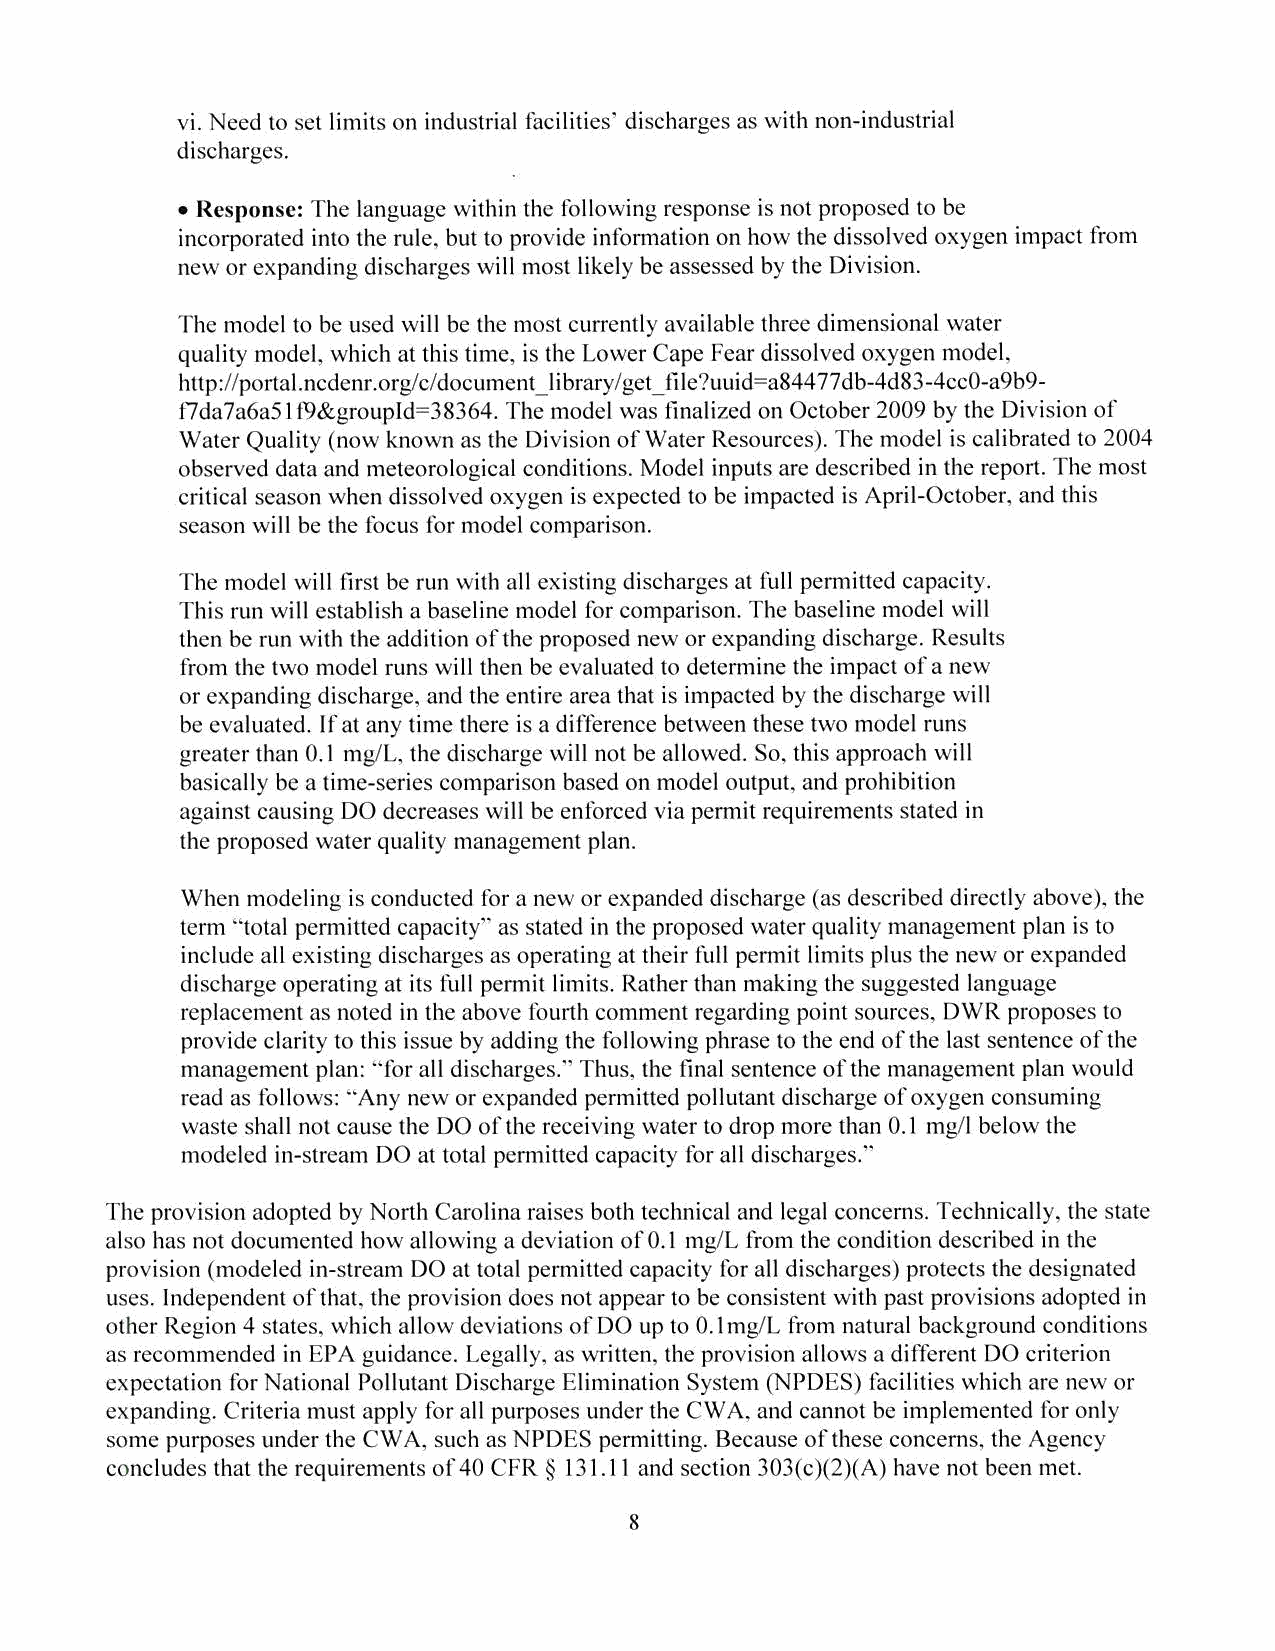
vi. Need to set limits on industrial facilities' discharges as with non-industrial
 discharges.
 • Response: The language within the following response is not proposed to be
 incorporated into the rule, but to provide information on how the dissolved oxygen impact from
 new or expanding discharges will most likely be assessed by the Division.
 The model to be used will be the most currently available three dimensional water
 quality model, which at this time, is the Lower Cape Fear dissolved oxygen model,
 http://portal.ncdenr.org/c/document_library/get_file?uuid=a84477db-4d83-4cc0-a9b9-
 t7da7a6a51 f9&groupld=38364. The model was finalized on October 2009 by the Division of
 Water Quality (now known as the Division of Water Resources). The model is calibrated to 2004
 observed data and meteorological conditions. Model inputs are described in the report. The most
 critical season when dissolved oxygen is expected to be impacted is April-October, and this
 season will be the focus for model comparison.
 The model will first be run with all existing discharges at full permitted capacity.
 This run will establish a baseline model for comparison. The baseline model will
 then be run with the addition of the proposed new or expanding discharge. Results
 from the two model runs will then be evaluated to detem1ine the impact of a new
 or expanding discharge, and the entire area that is impacted by the discharge will
 be evaluated. If at any time there is a difference between these two model runs
 greater than 0.1 mg/L, the discharge will not be allowed. So, this approach will
 basically be a time-series comparison based on model output, and prohibition
 against causing DO decreases will be enforced via pem1it requirements stated in
 the proposed water quality management plan.
 When modeling is conducted for a new or expanded discharge (as described directly above), the
 term "total permitted capacity" as stated in the proposed water quality management plan is to
 include all existing discharges as operating at their full pennit limits plus the new or expanded
 discharge operating at its full permit limits. Rather than making the suggested language
 replacement as noted in the above fourth comment regarding point sources, DWR proposes to
 provide clarity to this issue by adding the following phrase to the end of the last sentence of the
 management plan: "for all discharges." Thus, the final sentence of the management plan would
 read as follows: "Any new or expanded permitted pollutant discharge of oxygen consuming
 waste shall not cause the DO of the receiving water to drop more than 0.1 mg/I below the
 modeled in-stream DO at total permitted capacity for all discharges."
 The provision adopted by North Carolina raises both technical and legal concerns. Technically, the state
 also has not documented how allowing a deviation of 0.1 mg/L from the condition described in the
 provision (modeled in-stream DO at total permitted capacity for all discharges) protects the designated
 uses. Independent of that, the provision does not appear to be consistent with past provisions adopted in
 other Region 4 states, which allow deviations of DO up to 0.1 mg/L from natural background conditions
 as recommended in EPA guidance. Legally, as written, the provision allows a different DO criterion
 expectation for National Pollutant Discharge Elimination System (NPDES) facilities which are new or
 expanding. Criteria must apply for all purposes under the CWA , and cannot be implemented for only
 some purposes under the CWA , such as NP DES permitting. Because of these concerns, the Agency
 concludes that the requirements of40 CFR § 131.11 and section 303(c)(2)(A) have not been met.
 8